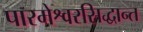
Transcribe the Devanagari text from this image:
पारमेश्वरसिद्धान्त